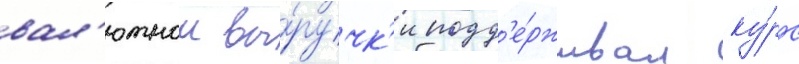
вал'ютнои вы́ручк'и подд'е́рживал ку́рс